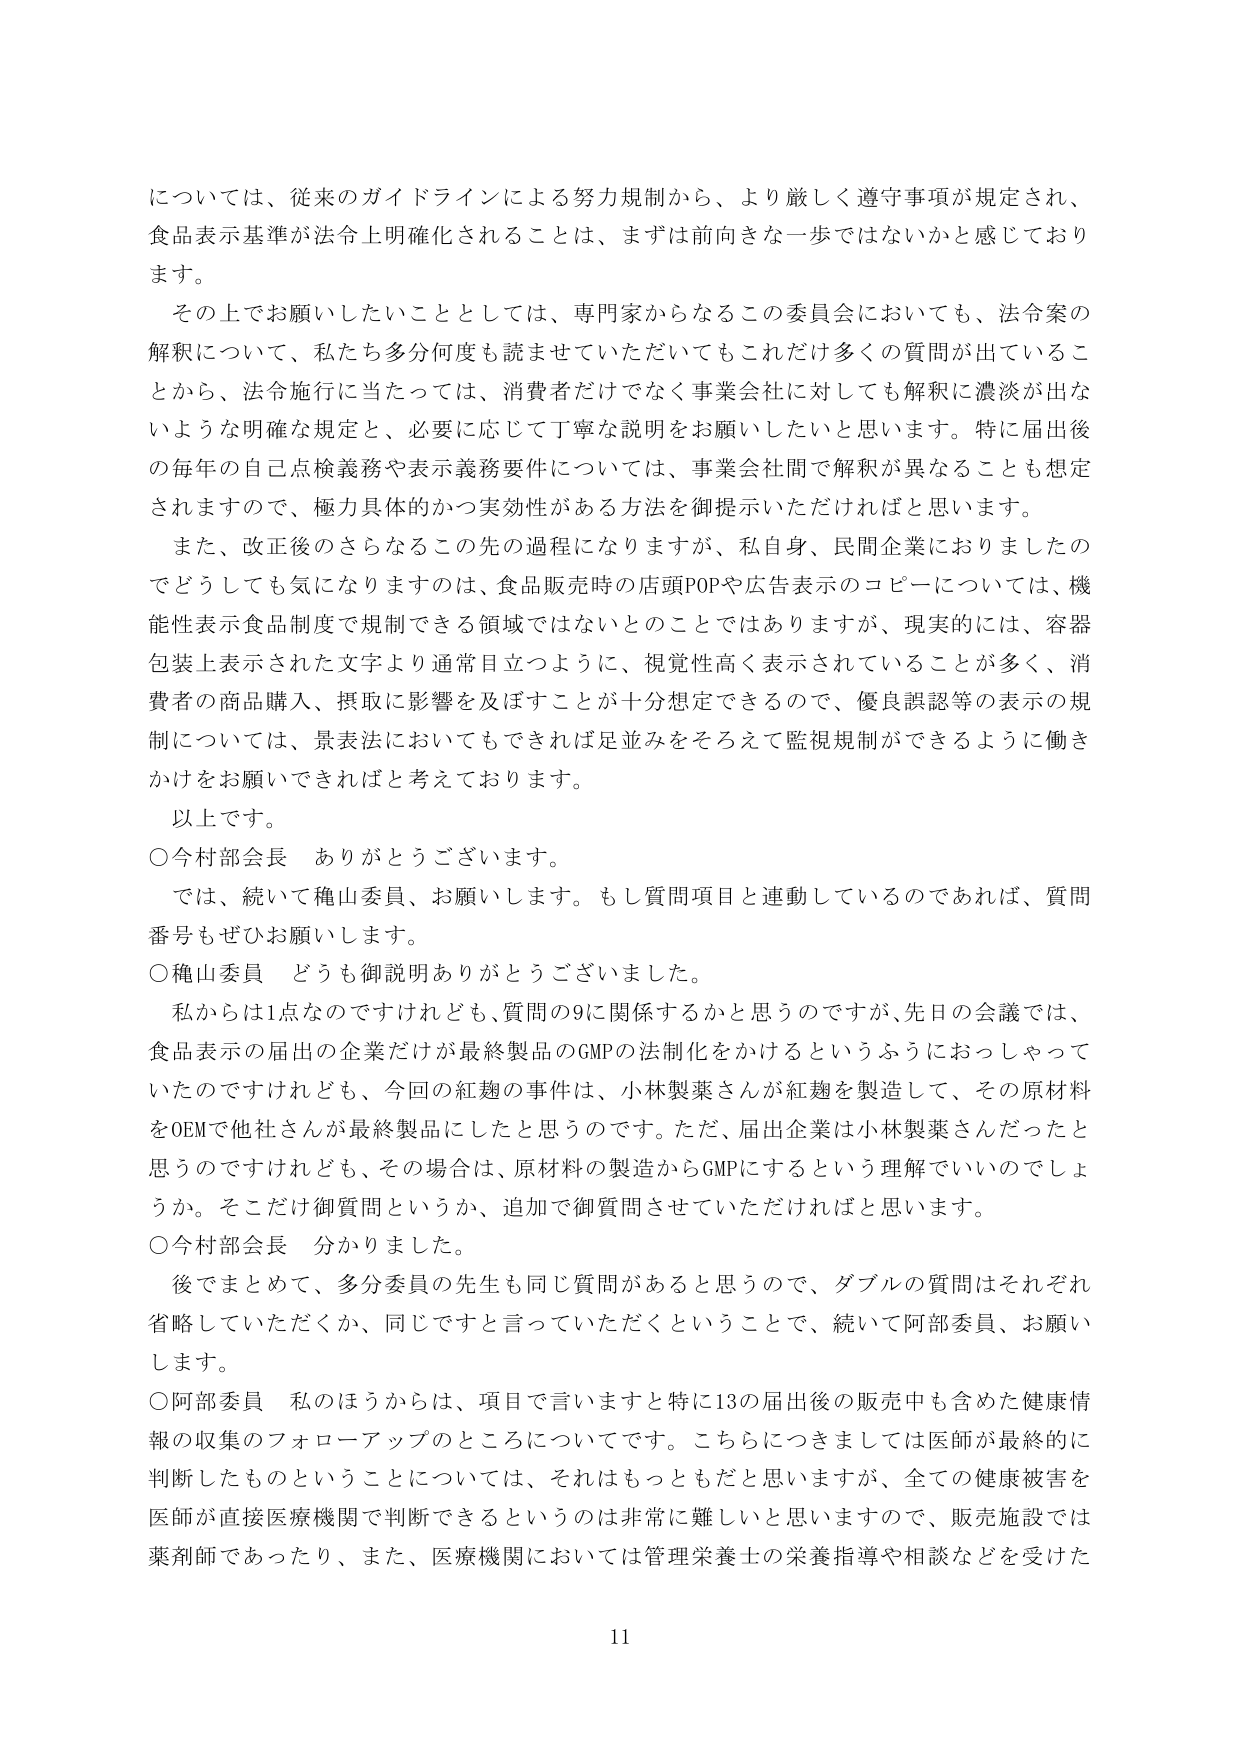
について、従来のガイドラインによる努力規制から、より厳しく遵守事項が規定され、食品表示基準が法令上明確化されることは、まずは前向きな一歩ではないかと感じております。

その上でお願いしたいこととしては、専門家からなるこの委員会においても、法令案の解釈について、私たち多分何度も読ませていただいてもこれだけ多くの質問が出ていることから、法令施行に当たっては、消費者だけでなく事業会社に対しても解釈に濃淡が出ないような明確な規定と、必要に応じて丁寧な説明をお願いしたいと思います。特に届出後の毎年の自己点検義務や表示義務要件については、事業会社間で解釈が異なることも想定されますので、極力具体的かつ実効性がある方法を御提示いただければと思います。

また、改正後のさらなるこの先の過程になりますが、私自身、民間企業におきましたのでどうしても気になりますのは、食品販売時の店頭POPや広告表示のコピーについては、機能性表示食品制度で規制できる領域ではないとのことではありますが、現実的には、容器包装上表示された文字より通常目立つように、視覚性高く表示されていることが多く、消費者の商品購入、摂取に影響を及ぼすことが十分想定できるので、優良誤認等の表示の規制については、景表法においてもできれば足並みをそろえて監視規制ができるように働きかけをお願いできればと考えております。

以上です。

○今村部会長　ありがとうございます。

では、続いて穐山委員、お願いします。もし質問項目と連動しているのであれば、質問番号もぜひお願いします。

○穐山委員　どうも御説明ありがとうございました。

私からは1点なのですが、質問の9に関係するかと思うのですが、先日の会議では、食品表示の届出の企業だけが最終製品のGMPの法制化をかけるというふうにおっしゃっていたのですが、今回の紅麹の事件は、小林製薬さんが紅麹を製造して、その原材料をOEMで他社さんが最終製品にしたと思うのです。ただ、届出企業は小林製薬さんだったと思うのですが、その場合は、原材料の製造からGMPにするという理解でいいのでしょうか。そこだけ御質問というか、追加で御質問させていただければと思います。

○今村部会長　分かりました。

後でまとめて、多分委員の先生も同じ質問があると思うので、ダブルの質問はそれぞれ省略していただくか、同じですと言っていただくということで、続いて阿部委員、お願いします。

○阿部委員　私のほうからは、項目で言いますと特に13の届出後の販売中も含めた健康情報の収集のフォローアップのところについてです。こちらにつきましては医師が最終的に判断したものということについては、それはもっともだと思いますが、全ての健康被害を医師が直接医療機関で判断できるというのは非常に難しいと思いますので、販売施設では薬剤師であったり、また、医療機関においては管理栄養士の栄養指導や相談などを受けた

11